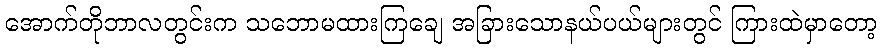
အောက်တိုဘာလတွင်းက သဘောမထားကြချေ အခြားသောနယ်ပယ်များတွင် ကြားထဲမှာတော့